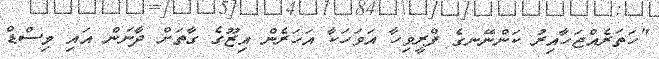
"ހަތަރެއްޖަހާއިރު ކަންނޭނގެ ފްރީވިހާ އަވަހަކާ އަހަރެން އިޒޫގެ ގާތަށް ދާނަން އައި މިސްޑް